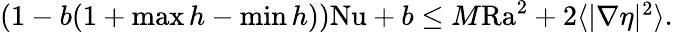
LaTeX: \begin{array}{r}{(1-b(1+\operatorname*{max}h-\operatorname*{min}h))\mathrm{{Nu}}+b\leq M\mathrm{{Ra}}^{2}+2\langle|\nabla\eta|^{2}\rangle.}\end{array}